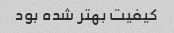
کیفیت بهتر شده بود